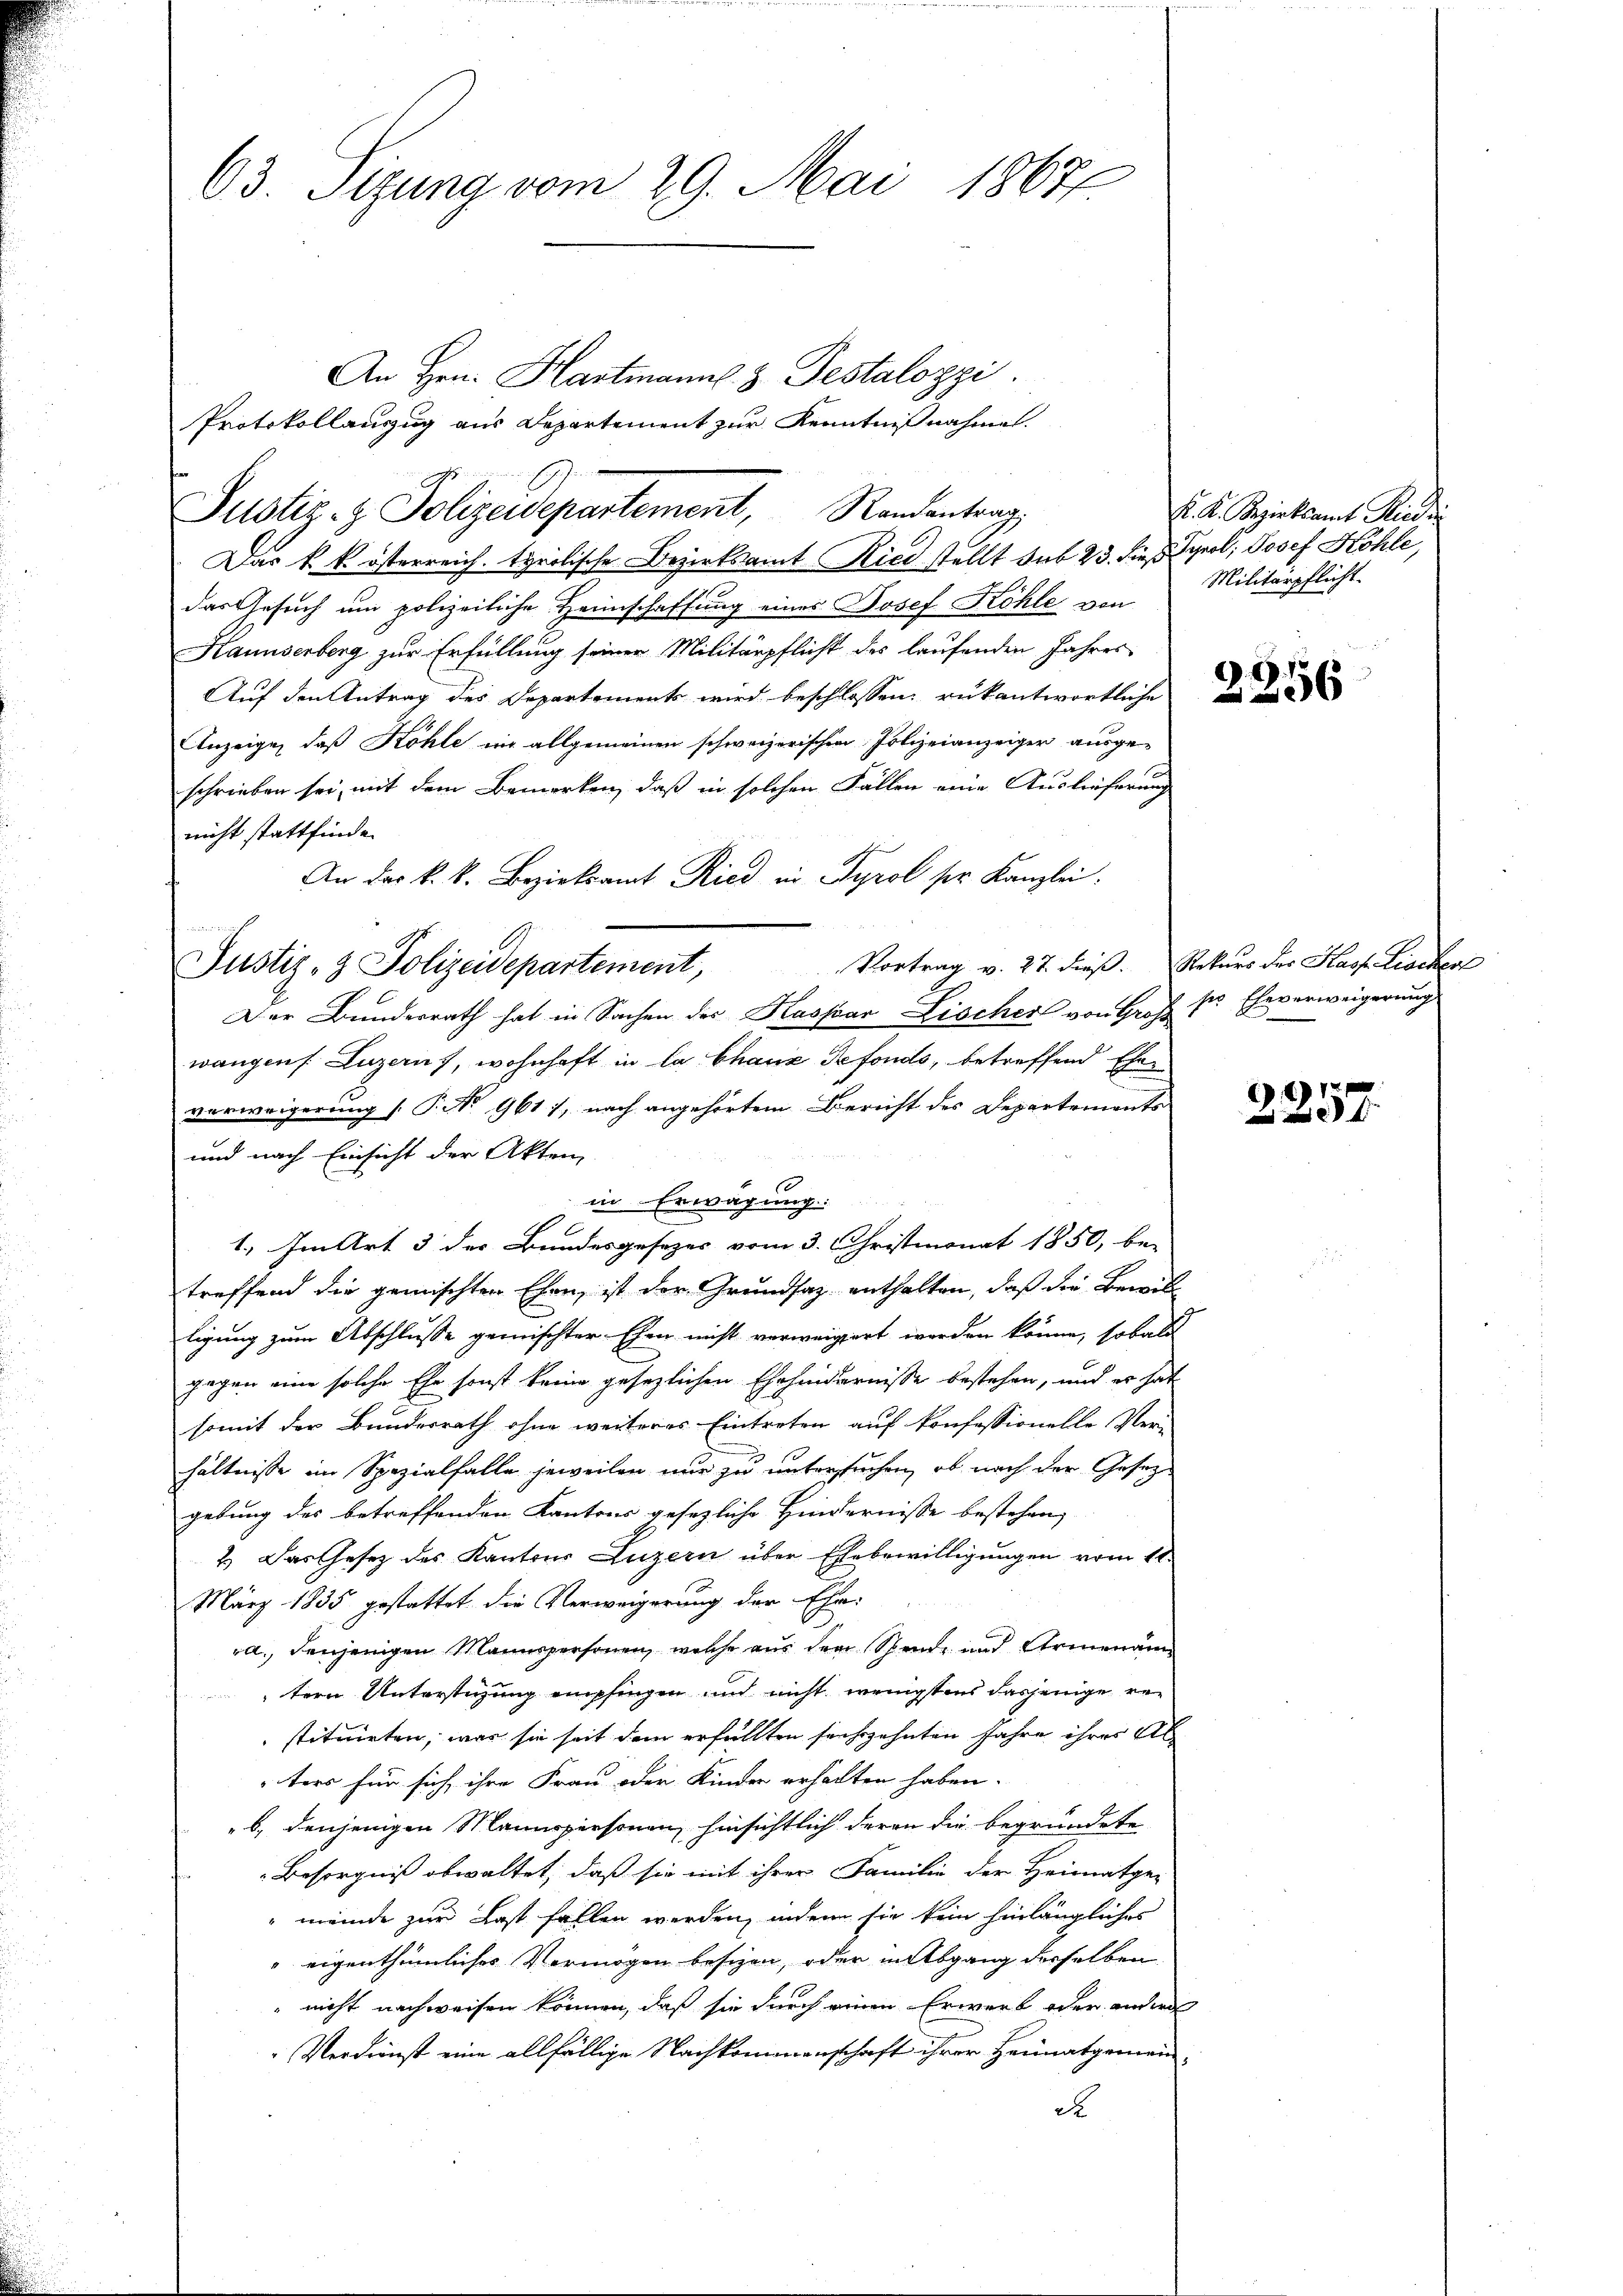
63. Sizung vom 29. Mai 18677.

Justiz- & Polizeidepartement, Randentrag,

An Hrn. Hartmann z. Testalozzi.
Protokollauszug aus Departement zur Kenntnißnahme.

.
Justiz- & Polizeidepartement,

Der Bunderrath hat in Sachen des Kaspar Lischer von Groß pr Eheverweigerung

Das k. k. österreich. tyrolische Bezirksamt Ried stellt sub 23. dieß Tyrol, Josef Köhle,
das Gesuch um polizeiliche Heimschaffung eines Josef Köhle von
Kaunserberg zur Erfüllung seiner Militärpflicht des laufenden Jahres
Aŭf den Antrag des Departements wird beschlossen: rükantwortliche
Anzeige, daß Köhle in allgemeinen schweizerischen Polizeianzeiger ausgeschrieben sei, mit dem Bemerken, daß in solchen Fällen eine Auslieferung
nicht stattfinde.
An der k.k. Bezirksamt Ried in Tyrol ser Kanzlei.
wangens. Luzern, wohnhaft in la chanz Refonds, betreffend Ehen
verweigerung [ P. No 9611, nach angehörtem Bericht des Departements
und nach Einsicht der Akten,
3
in Erwägung:
1.) Im Art 3 der Bundesgesetzes vom 3. Christmonat 1850, be-
treffend die gemischten Ehen, ist der Grundsaz enthalten, daß die Bewill
ligung zum Abschlusse gemischter Ehen nicht verweigert werden könne, sobald
gegen eine solche Ehe sonst keine gesezlichen Ehehindernisse bestehen, und es hat
somit der Bundesrath ohne weiteres Eintreten auf Konfessionelle Ver-
hältnisse im Spezialfalle jeweilen nur zu untersuchen, ob nach der Gesezgebung des betreffenden Kantons gesezliche Hindernisse bestehen,
2.) Das Gesez des Kantons Luzern über Ehebewilligungen vom 11.
März 1835 gestattet die Verweigerung der Ehe-
a., denjenigen Mannspersonen, welche aus dem Stande und Armenan
tern Unterstüzung empfingen und nicht wenigstens dasjenige restituirten, was sie seit dem erfüllten sechzehnten Jahre ihres Alters für sich ihre Frau oder Kinder erhalten haben.
b., denjenigen Mannspersonen, hinsichtlich deren die begründete
Besorgniß obwaltet, daß sie mit ihrer Familie der Heimatge-
" meinde zur Last fallen werden, indem sie kein hinlängliches
" eigenthümliches Vermögen besizen, oder in Abgang derselben
nicht nachweisen können, daß sie durch einen Erwerb oder andere
Verdienst eine allfällige Nachkommenschaft ihrer Heimatgemeind

K. K. Bezirksamt Riedri
Militärpflicht.

Vortrag v. 27. dieß. Rekurs der Hass Liechert

.617
un und f